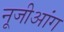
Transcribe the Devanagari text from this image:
नूजीआंग